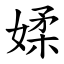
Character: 媃